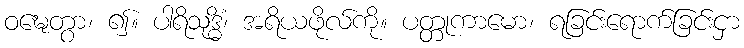
ဝဍ္ဎေတွာ၊ ၍။ ပါရိသုဒ္ဓိံ၊ အရိယဖိုလ်ကို။ ပတ္တုကာမော၊ ရခြင်းရောက်ခြင်းငှာ